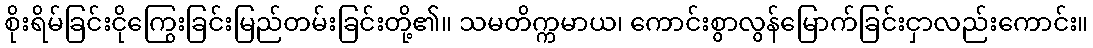
စိုးရိမ်ခြင်းငိုကြွေးခြင်းမြည်တမ်းခြင်းတို့၏။ သမတိက္ကမာယ၊ ကောင်းစွာလွန်မြောက်ခြင်းငှာလည်းကောင်း။